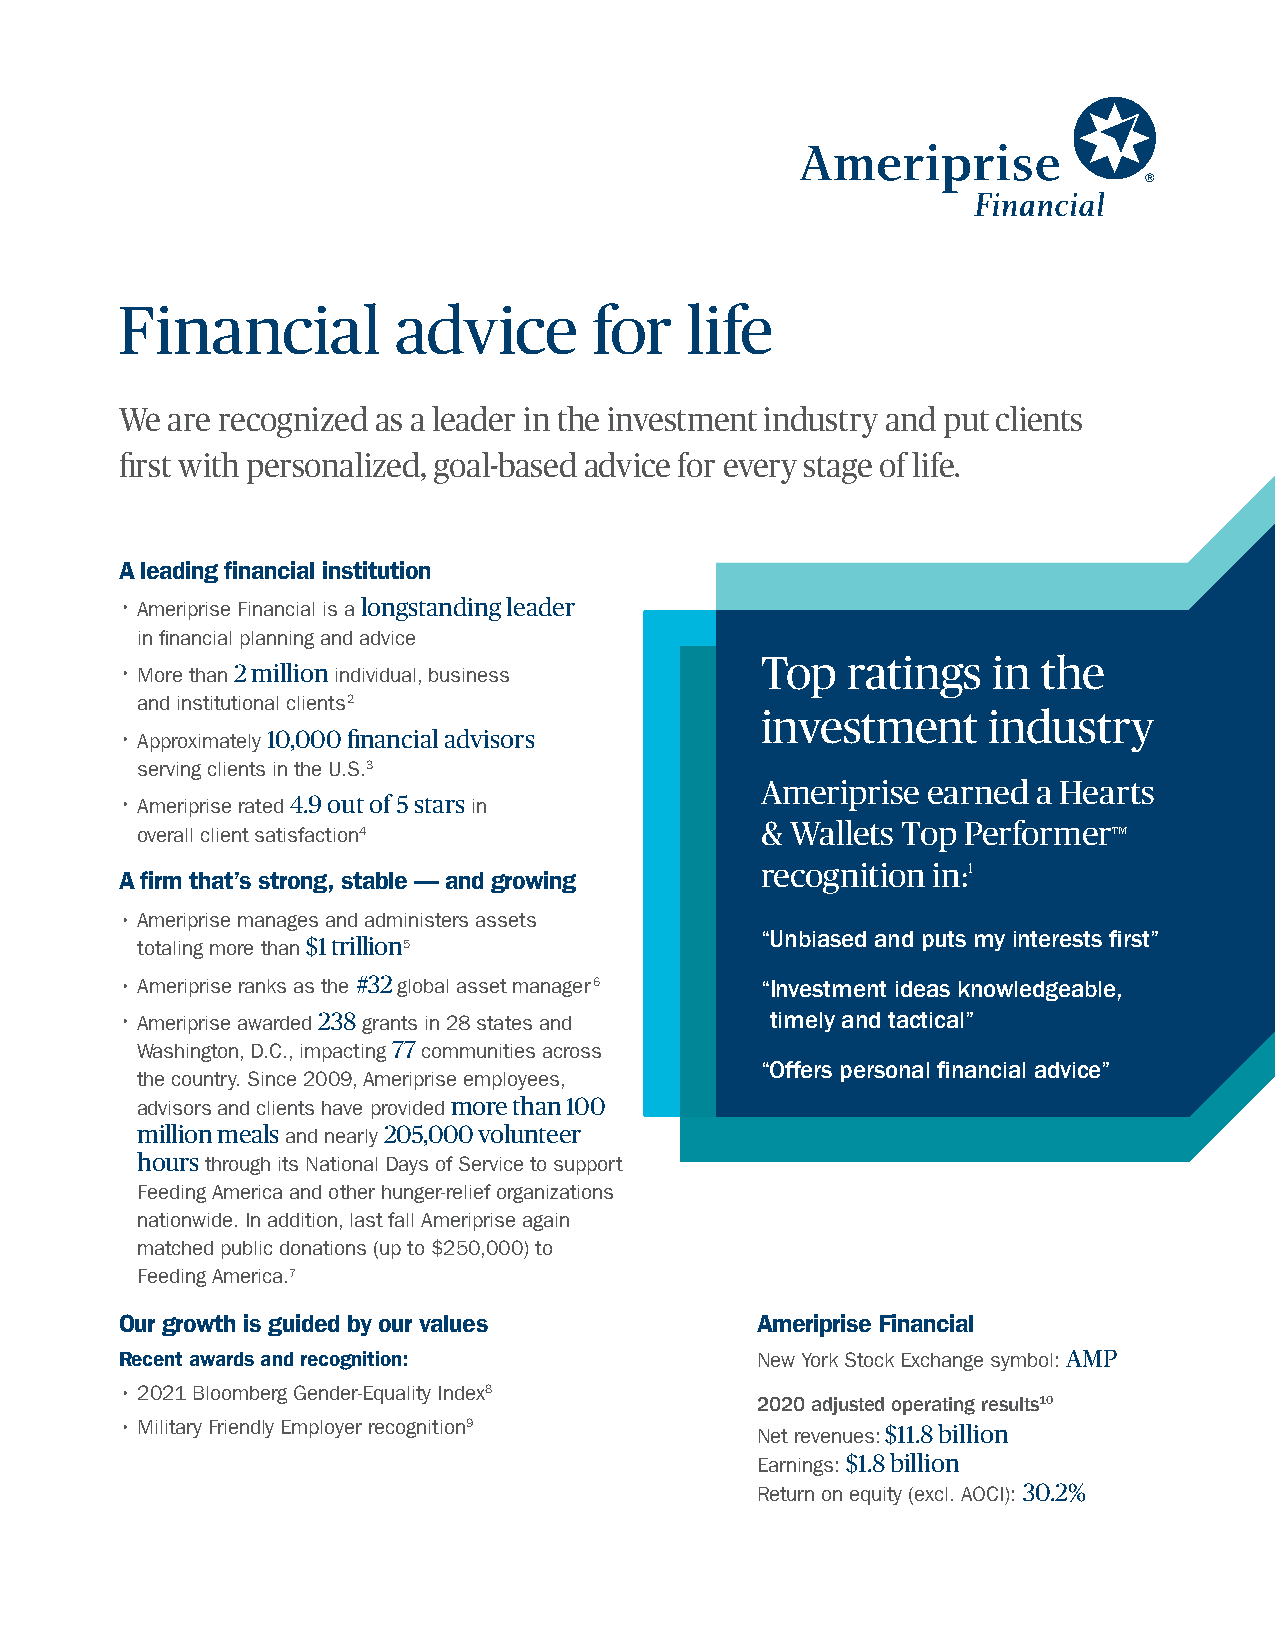
Financial         advice       for   life
 We are recognized as a leader in the investment industry and put clients
 first with personalized, goal-based advice for every stage of life.
 A leading financial institution
 • Ameriprise Financial is a longstanding leader
 in financial planning and advice
 Top   ratings   in the
 • More than 2 million individual, business
 and institutional clients2
 investment     industry
 • Approximately 10,000 financial advisors
 serving clients in the U.S.3
 Ameriprise earned  a Hearts
 • Ameriprise rated 4.9 out of 5 stars in
 overall client satisfaction4             & Wallets Top PerformerTM
 recognition in:1
 A firm that’s strong, stable — and growing
 • A meriprise manages and administers assets
 “Unbiasedandputsmyinterestsfirst”
 totaling more than $1 trillion5
 • A meriprise ranks as the #32 global asset manager6 “I nvestment ideas knowledgeable,
 • Ameriprise awarded 238 grants in 28 states and timelyandtactical”
 Washington, D.C., impacting 77 communities across
 “Offerspersonalfinancialadvice”
 the country. Since 2009, Ameriprise employees,
 advisors and clients have provided more than 100
 million meals and nearly 205,000 volunteer
 hours through its National Days of Service to support
 Feeding America and other hunger-relief organizations
 nationwide. In addition, last fall Ameriprise again
 matched public donations (up to $250,000) to
 Feeding America.7
 Our growth is guided by our values        Ameriprise Financial
 Recent awards and recognition:            New York Stock Exchange symbol: AMP
 • 2 021 Bloomberg Gender-Equality Index8
 2020 adjusted operating results10
 • M ilitary Friendly Employer recognition9 Net revenues: $11.8 billion
 Earnings: $1.8 billion
 Return on equity (excl. AOCI): 30.2%